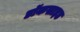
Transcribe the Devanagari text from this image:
डॉकसाइड